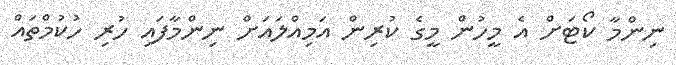
ނިންމާ ކޯޓަށް އެ މީހުން މީގެ ކުރިން އަމިއްލައަށް ނިންމާފައި ހުރި ހުކުމްތައް